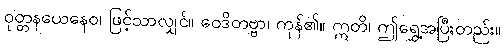
ဝုတ္တနယေနေဝ၊ ဖြင့်သာလျှင်။ ဝေဒိတဗ္ဗာ၊ ကုန်၏။ ဣတိ၊ ဤရွှေ့အပြီးတည်း။